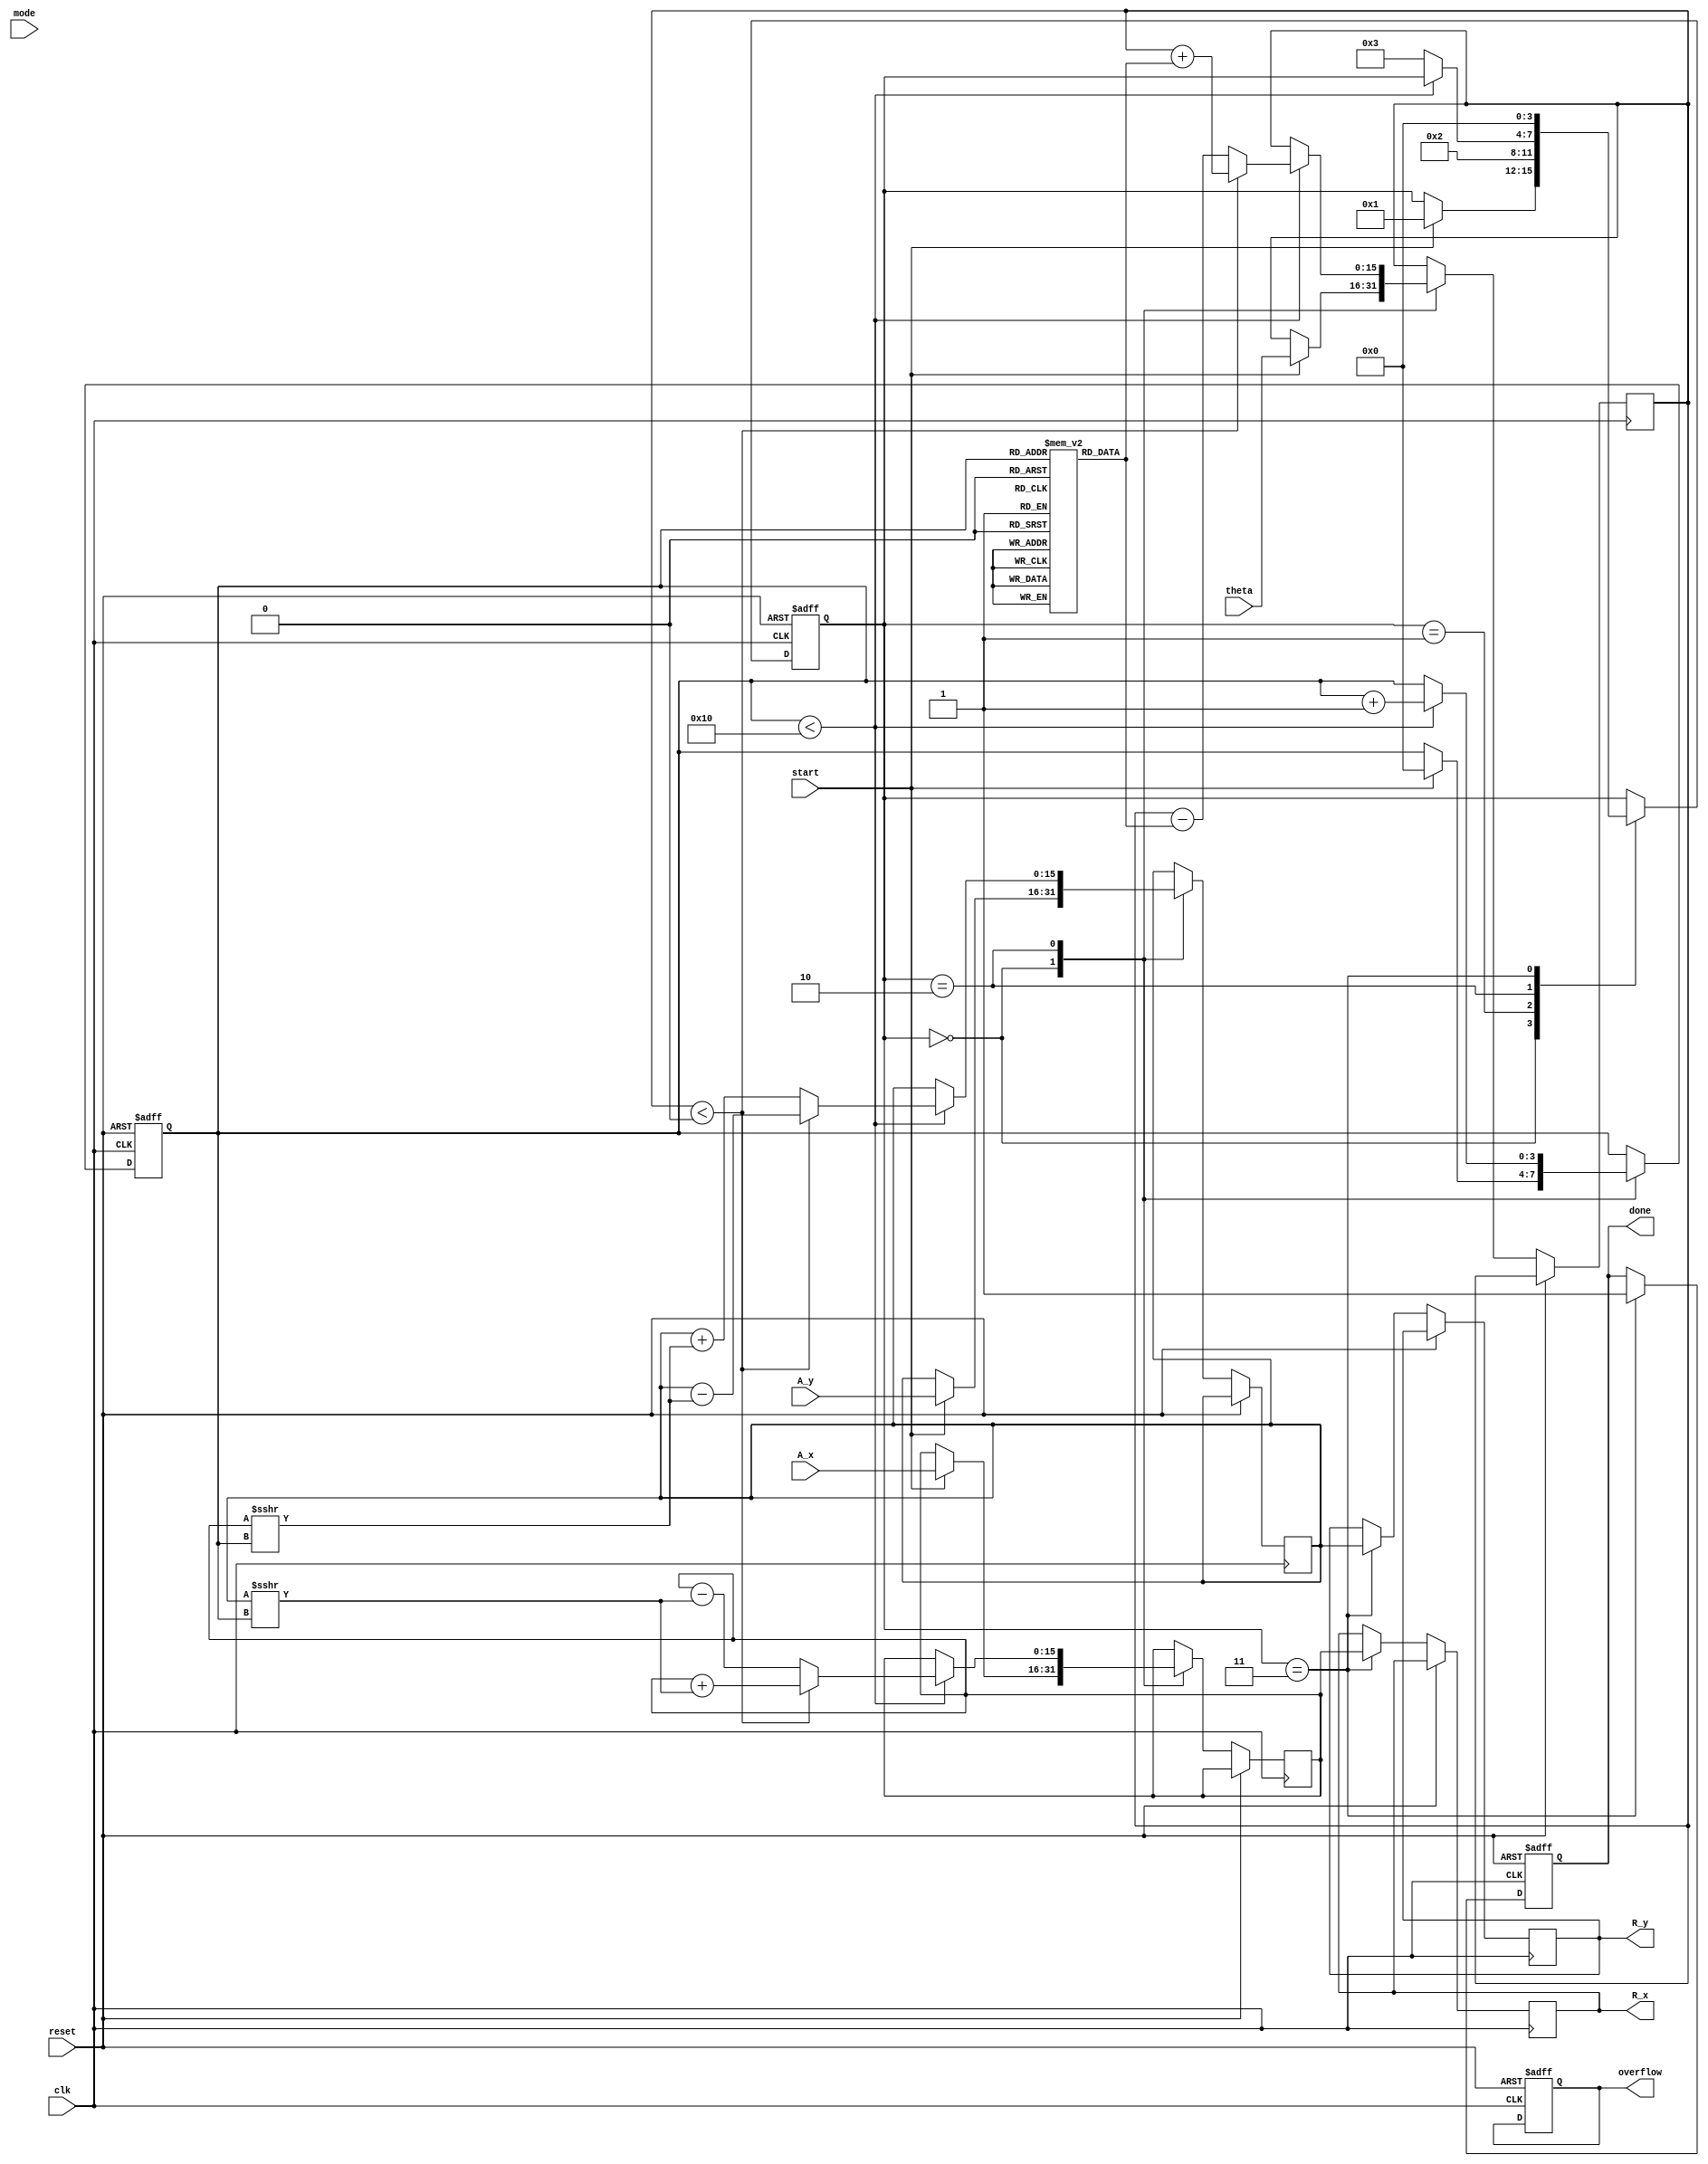
module cordic (
    input wire clk,
    input wire reset,
    input wire start,
    input wire [15:0] A_x,  // Fixed-point representation of vector A x-coordinate
    input wire [15:0] A_y,  // Fixed-point representation of vector A y-coordinate
    input wire [15:0] theta, // Fixed-point representation of angle 
    input wire [3:0] mode,   // Control signal for operation mode (0: rotation, 1: vectoring)
    output reg [15:0] R_x,   // Resultant x-coordinate
    output reg [15:0] R_y,   // Resultant y-coordinate
    output reg done,         // Operation completion flag
    output reg overflow      // Overflow flag
);

    // CORDIC parameters
    parameter ITERATIONS = 16; // Number of iterations
    reg [15:0] x, y, z; // Internal registers for x, y, z coordinates
    reg [3:0] state;    // FSM state
    reg [3:0] count;    // Iteration counter

    // CORDIC angle lookup table (for simplicity, using fixed values)
    reg [15:0] angles [0:ITERATIONS-1];
    initial begin
        angles[0] = 16'h26DD; // atan(2^0)
        angles[1] = 16'h1C71; // atan(2^-1)
        angles[2] = 16'h14AE; // atan(2^-2)
        angles[3] = 16'h0D88; // atan(2^-3)
        angles[4] = 16'h05A8; // atan(2^-4)
        angles[5] = 16'h02D4; // atan(2^-5)
        angles[6] = 16'h0162; // atan(2^-6)
        angles[7] = 16'h00B5; // atan(2^-7)
        // Add more angles as needed
    end

    // FSM states
    localparam IDLE = 0, INIT = 1, ITERATE = 2, DONE = 3;

    // Main process
    always @(posedge clk or posedge reset) begin
        if (reset) begin
            state <= IDLE;
            done <= 0;
            overflow <= 0;
            count <= 0;
        end else begin
            case (state)
                IDLE: begin
                    if (start) begin
                        x <= A_x;
                        y <= A_y;
                        z <= theta;
                        count <= 0;
                        state <= INIT;
                    end
                end

                INIT: begin
                    // Initialize for rotation or vectoring
                    // You can add specific initialization logic here
                    state <= ITERATE;
                end

                ITERATE: begin
                    if (count < ITERATIONS) begin
                        // CORDIC rotation logic
                        if (z < 0) begin
                            // Perform subtraction
                            x <= x + (y >>> count);
                            y <= y - (x >>> count);
                            z <= z + angles[count];
                        end else begin
                            // Perform addition
                            x <= x - (y >>> count);
                            y <= y + (x >>> count);
                            z <= z - angles[count];
                        end
                        count <= count + 1;
                    end else begin
                        state <= DONE;
                    end
                end

                DONE: begin
                    R_x <= x; // Output resultant x
                    R_y <= y; // Output resultant y
                    done <= 1; // Signal operation completion
                    state <= IDLE; // Go back to idle
                end
            endcase
        end
    end

endmodule